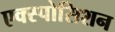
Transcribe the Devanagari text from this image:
एक्स्पोसिशन